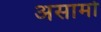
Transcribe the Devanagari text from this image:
असामो